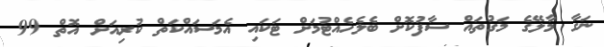
ނަގާ މާލޭގެ މަގުތައް ސާފުކޮށް ބެލެހެއްޓުމަށް ޓަކައި އެމަސަައްކަތް ކުރިއަށް އޮތް 99